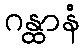
ဂန္ထာနံ